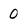
Character: 0